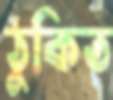
ঠুকিত